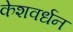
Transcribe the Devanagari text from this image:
केशवर्धन